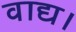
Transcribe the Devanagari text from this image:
वाद्य।